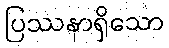
ပြဿနာရှိသော